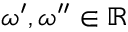
\omega ^ { \prime } , \omega ^ { \prime \prime } \in \mathbb { R }